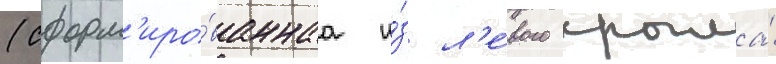
(сформ'иро́ваннаа и́з л'е́вого крыла́